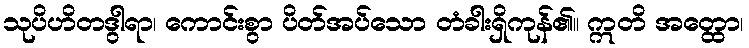
သုပိဟိတဒွါရာ၊ ကောင်းစွာ ပိတ်အပ်သော တံခါးရှိကုန်၏။ ဣတိ အတ္ထော၊